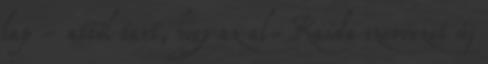
lap - attól tart, hogy az al-Kaida szervezet új